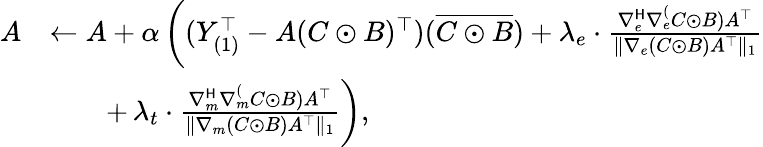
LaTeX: \begin{array}{rl}{A}&{\gets A+\alpha\left((Y_{(1)}^{\top}-A(C\odot B)^{\top})(\overline{{C\odot B}})+\lambda_{e}\cdot\frac{\nabla_{e}^{\mathsf{H}}\nabla_{e}^(C\odot B)A^{\top}}{\| \nabla_{e}(C\odot B)A^{\top}\| _{1}}\right.}\\ &{\quad\quad+\left.\lambda_{t}\cdot\frac{\nabla_{m}^{\mathsf{H}}\nabla_{m}^(C\odot B)A^{\top}}{\| \nabla_{m}(C\odot B)A^{\top}\| _{1}}\right),}\end{array}